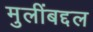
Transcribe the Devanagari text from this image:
मुलींबद्दल